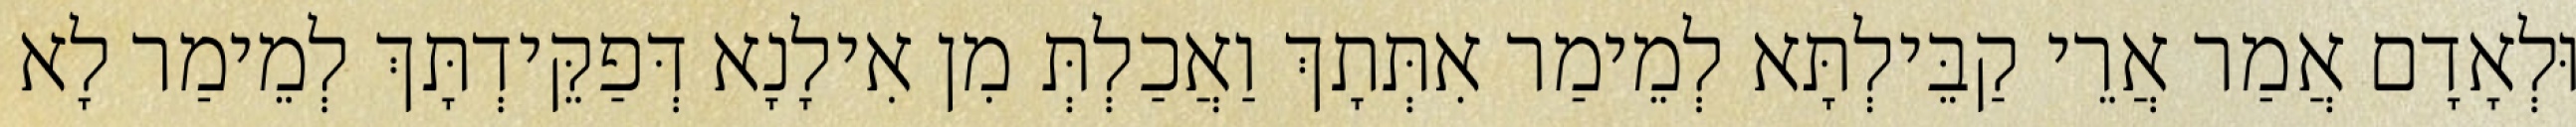
וּלְאָדָם אֲמַר אֲרֵי קַבֵּילְתָּא לְמֵימַר אִתְּתָךְ וַאֲכַלְתְּ מִן אִילָנָא דְּפַקֵּידְתָּךְ לְמֵימַר לָא